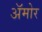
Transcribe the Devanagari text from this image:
अॅमोर